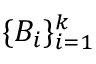
\{ B _ { i } \} _ { i = 1 } ^ { k }